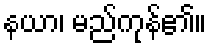
နယာ၊ မည်ကုန်၏။